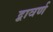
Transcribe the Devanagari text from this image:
द्वावर्ण